Vaccine operations Central Provinces 1886-1899 - 1886-1899
Year: 1886
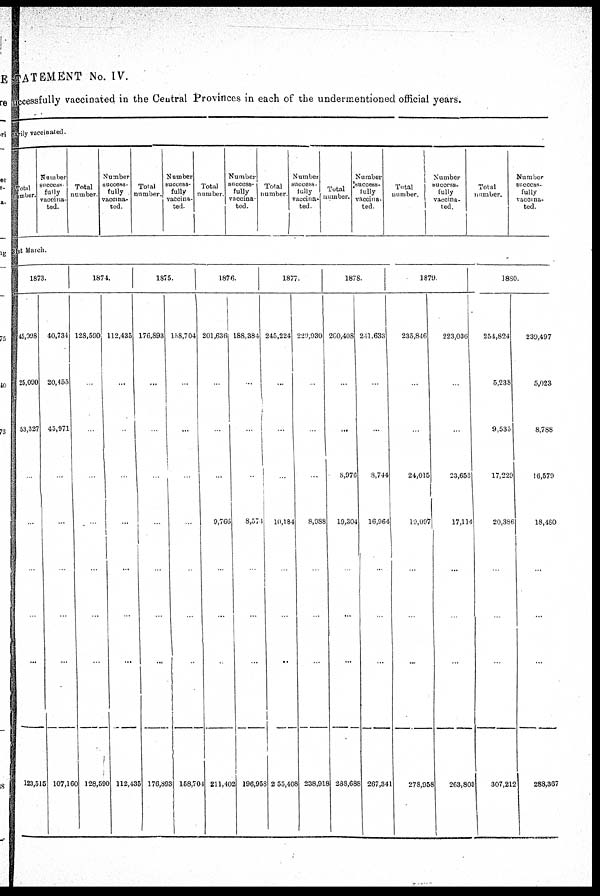
STATEMENT No. IV.
uccessfully vaccinated in the Central Provinces in each of the undermentioned official years.
narily vaccinated.
Total
number.
Number
success
fully
vaccina-
ted.
Total
number.
Number
success¬
fully
vaccina-
ted.
Total
Number.
Number
success-
fully
vaccina-
ted.
Total
Number.
Number
success¬
fully
vaccina
ted.
Total
Number.
Number
success -
fully
vaccina-
ted.
Total
number.
umber
success-
fully
vaccina-
ted.
Total
Number.
Number
success-
fully
vaccina-
ted.
Total
number.
Number
success-
fully
vaccina-
ted.
31st March.
1873.
45,098
25,090
53,327
...
...
...
.
...
123,515
40,734
20,455
45,971
..
...
...
...
...
107,160
1874.
128,590
...
...
...
...
...
...
...
128,590
112,435
...
...
...
...
...
...
...
112,435
1875.
176,893
...
...
...
...
...
...
...
176,893
l58,704
...
...
...
...
...
...
..
158,704
1876.
201,636
..
...
...
9,766
...
...
...
211,402
188,384
...
...
...
8,574
...
...
...
196,958
1877.
245,224
...
...
...
10,184
...
...
..
255,408
229,930
...
...
...
8,988
...
...
...
238,918
1878.
260,408
...
...
8,976
19,304
...
...
...
288,688
241,633
...
...
8,744
16,964
...
...
...
267,341
1879
235,846
...
...
24,015
19,097
..
...
...
278,958
223,036
...
...
23,653
17,114
...
...
...
263,803
1880.
254,824
5,238
9,535
17,229
20,386
...
...
...
307,212
239,497
5,023
8,788
16,579
18,480
...
...
...
288,367